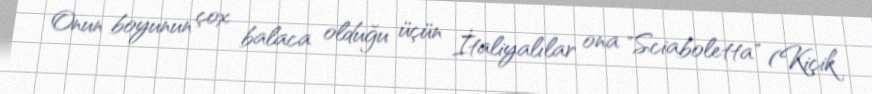
Onun boyunun çox balaca olduğu üçün İtaliyalılar ona "Sciaboletta" (Kiçik